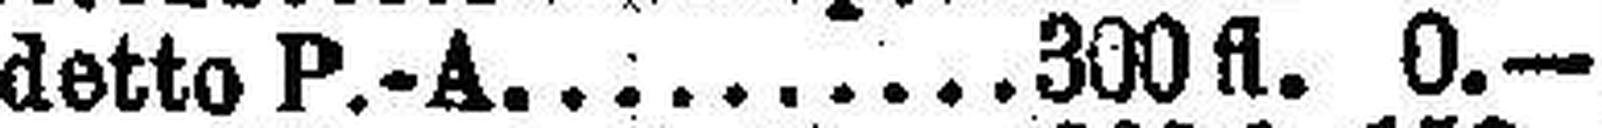
detto P.-A. 300 fl. 0.—